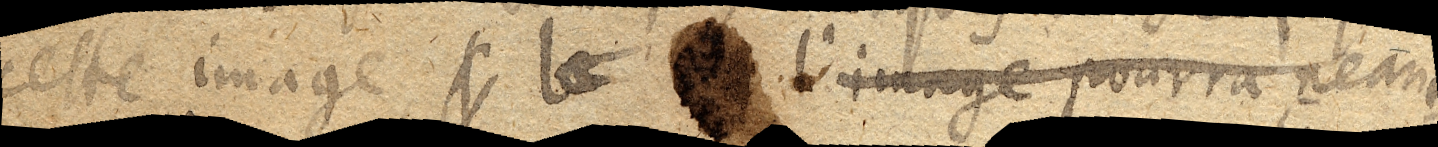
cette image, l le l’image pourra neant–